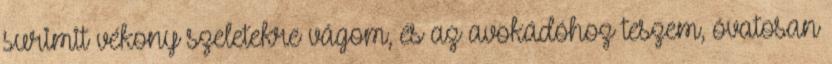
surimit vékony szeletekre vágom, és az avokádóhoz teszem, óvatosan